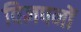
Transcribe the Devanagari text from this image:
विज्ञपनों